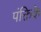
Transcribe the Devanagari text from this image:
पंक्तिके